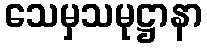
သေမှသမုဋ္ဌာနာ